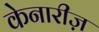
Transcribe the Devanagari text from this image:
केनारीज़